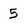
Character: 5